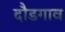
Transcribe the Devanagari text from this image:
दौडगाव